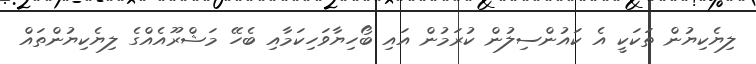
ލިޔެކިޔުން ތަކަކީ އެ ކައުންސިލުން ކުރަމުން އައި ބޯހިޔާވަހިކަމާއި ބެހޭ މަޝްރޫއެއްގެ ލިޔެކިޔުންތައް